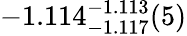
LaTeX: -1.114_{-1.117}^{-1.113}(5)